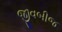
જીવબીજ